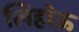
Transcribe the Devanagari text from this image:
लिहोऊ